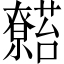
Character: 𬟖